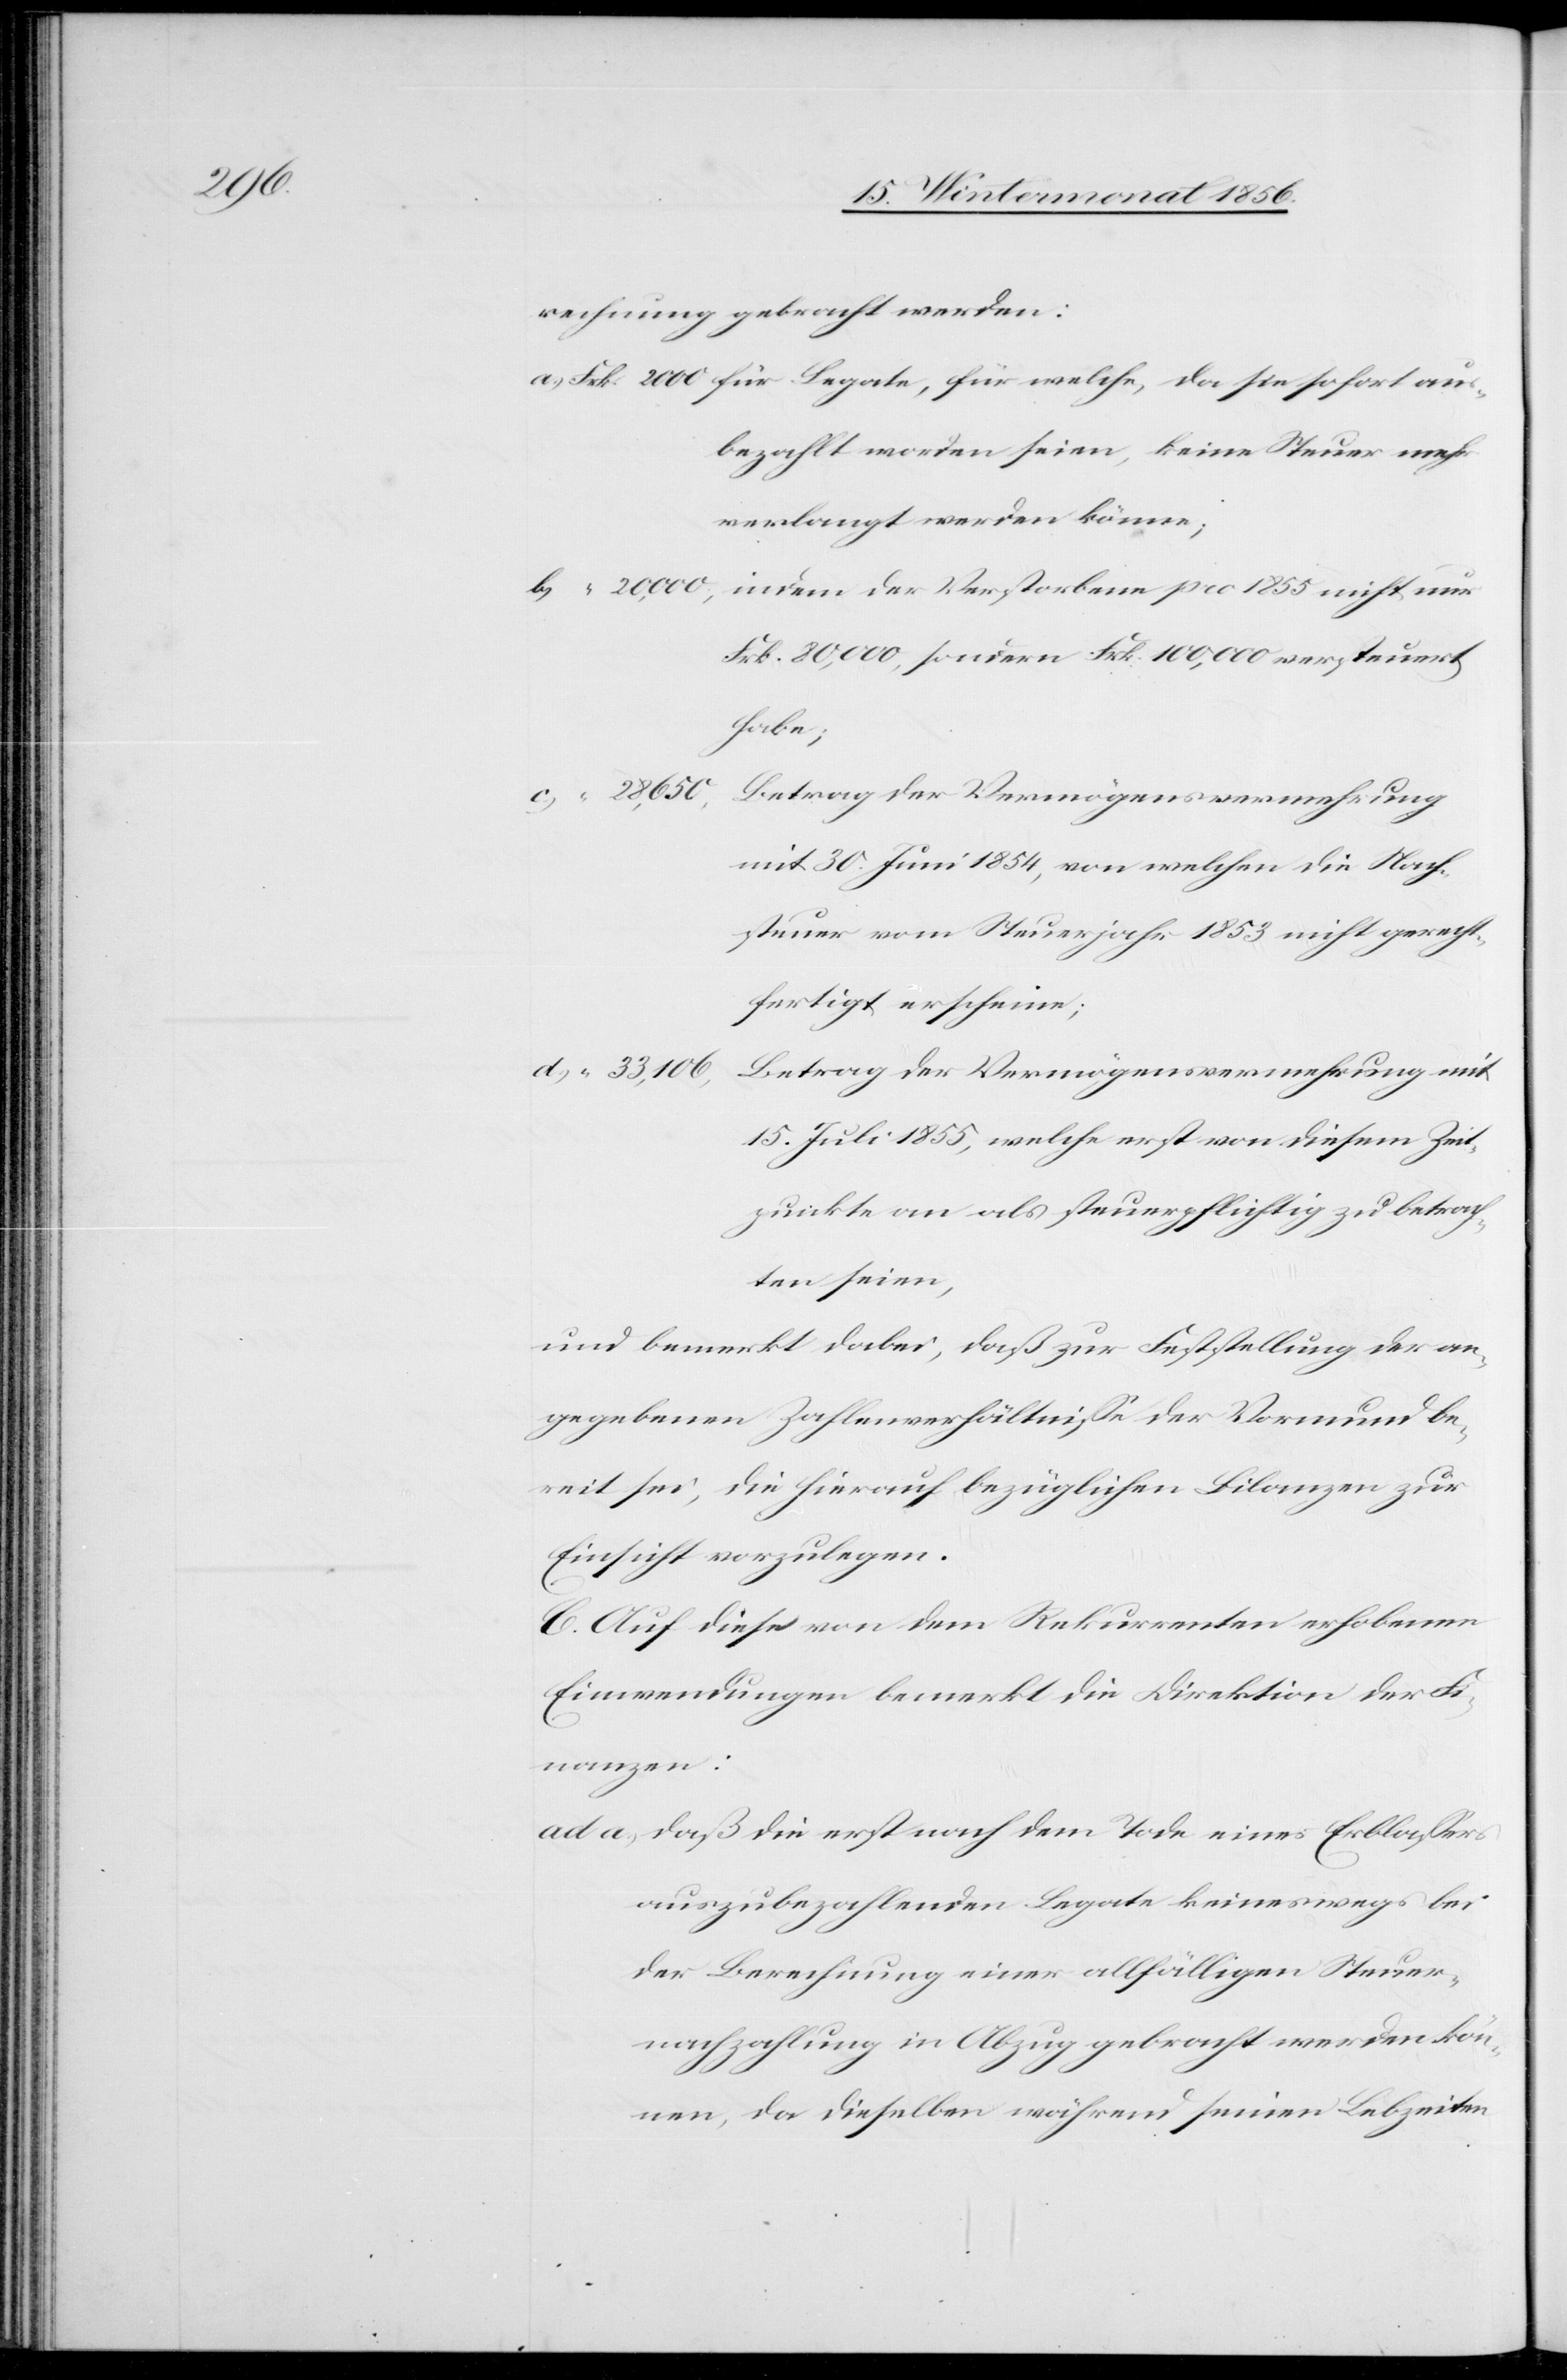
20,000,

rechnung gebracht werden:
bezahlt worden seien, keine Steuer mehr
verlangt werden könne;
indem der Verstorbene pro 1855 nicht nur
Frk. 80,000, sondern Frk. 100,000 versteuert
habe;
28,650,
Betrag der Vermögensvermehrung
mit 30. Juni 1854, von welchen die Nach¬
steuer vom Steuerjahr 1853 nicht gerecht¬
fertigt erscheine;
33,106,
Betrag der Vermögensvermehrung mit
15. Juli 1855, welche erst von diesem Zeit¬
punkte an als steuerpflichtig zu betrach¬
ten seien,
und bemerkt dabei, daß zur Feststellung der an¬
gegebenen Zahlenverhältnisse der Vormund be¬
reit sei, die hierauf bezüglichen Bilanzen zur
Einsicht vorzulegen.
C. Auf diese von dem Rekurrenten erhobenen
Einwendungen bemerkt die Direktion der Fi¬
nanzen:
daß die erst nach dem Tode eines Erblassers
auszubezahlenden Legate keineswegs bei
der Berechnung einer allfälligen Steuer¬
nachzahlung in Abzug gebracht werden kön¬
nen, da dieselben während seinen Lebzeiten